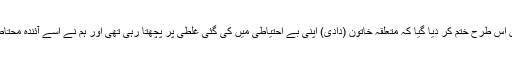
پولیس ترجمان نے بتایا، ’’یہ کیس اس طرح ختم کر دیا گیا کہ متعلقہ خاتون (دادی) اپنی بے احتیاطی میں کی گئی غلطی پر پچھتا رہی تھی اور ہم نے اسے آئندہ محتاط رہنے کی تنبیہ بھی کر دی ہے۔